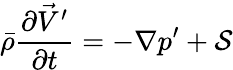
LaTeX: \bar{\rho}\frac{\partial\vec{V}^{\prime}}{\partial t}=-\nabla p^{\prime}+\mathcal{S}